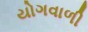
યોગવાળી